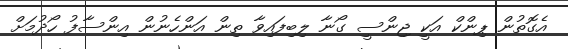
އެގޮތުން ޕިންކް އަކީ ޖިންސީ ގޯނާ ލިބިފައިވާ ތިން އަންހެނުން އިންސާފު ހޯދުމަށް